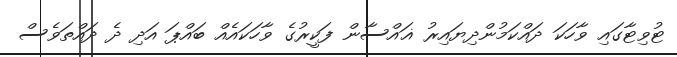
ޓުވިޓާގައި ވާހަކަ ދައްކަމުންދިޔައިރު ޣައްސާން ފަކީރުގެ ވާހަކައެއް ބައްޕަ އަދި ދެ ދައްތަވެސް